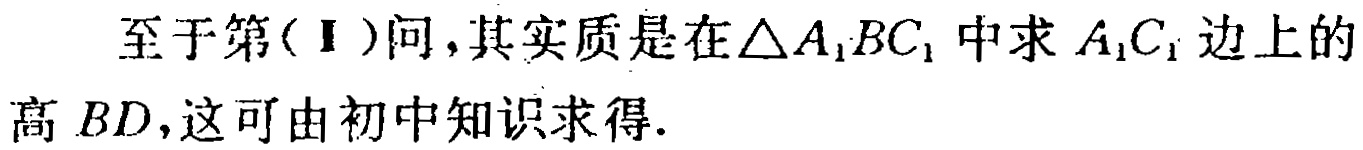
至于第(Ⅰ)问,其实质是在$\triangle A_{1}BC_{1}$中求$A_{1}C_{1}$边上的高$BD$,这可由初中知识求得.